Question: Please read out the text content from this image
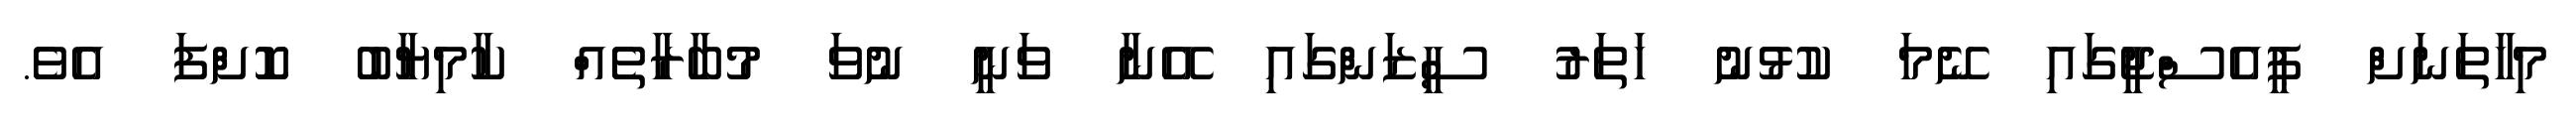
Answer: މިހާތަނަށް ޕީއެސްޖީގައި ނޭމަ ކުޅުނު ހަތަރު ސީޒަންގައި އޭނާ ވަނީ ނުވަ މުބާރާތެއް ކާމިޔާބު ކޮށްފަ އެވެ.